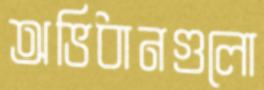
অভিধানগুলো